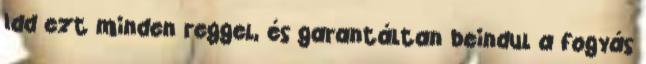
Idd ezt minden reggel, és garantáltan beindul a fogyás